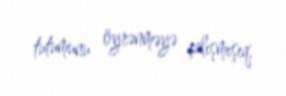
tutumunu öyrənməyə çalışmışıq.